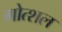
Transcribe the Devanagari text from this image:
गोत्शल